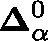
\mathbf { \Delta } _ { \alpha } ^ { 0 }